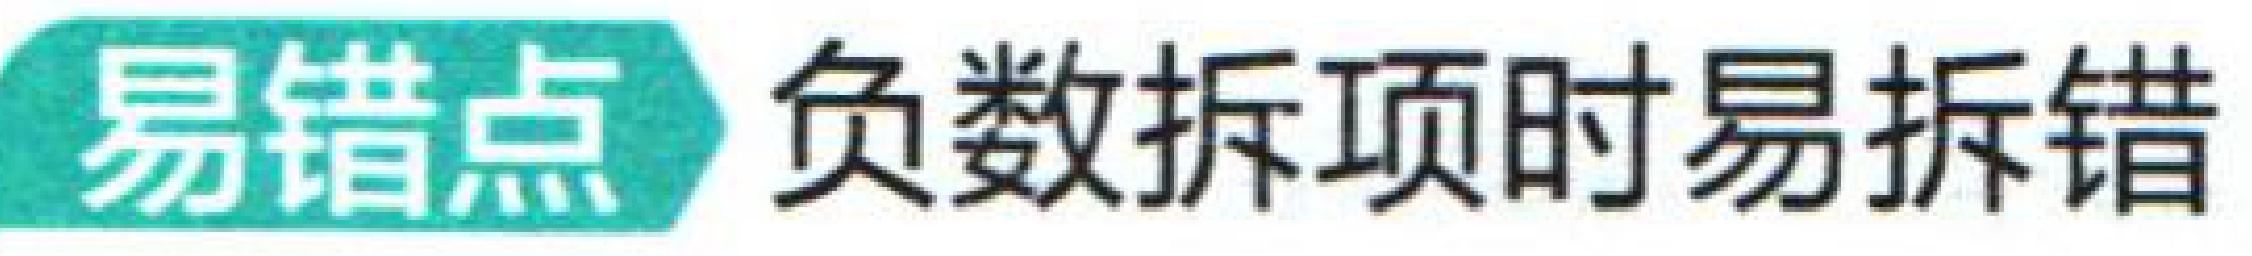
易错点 负数拆项时易拆错